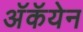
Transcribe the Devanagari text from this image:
अॅकॅयेन